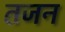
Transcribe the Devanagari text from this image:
तजन